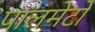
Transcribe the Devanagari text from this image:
पालमेटो